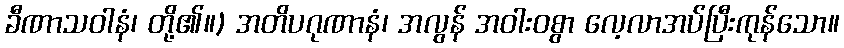
ခီဏာသဝါနံ၊ တို့၏။) အတိပဂုဏာနံ၊ အလွန် အဝါးဝစွာ လေ့လာအပ်ပြီးကုန်သော။